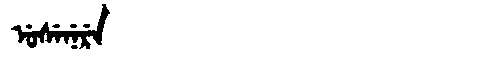
Manchu: ᡠᠰᡝᠨᡝᡵᡝ
Romanization: USENERE